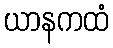
ယာနကထံ